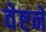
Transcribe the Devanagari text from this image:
वेष्टनें